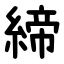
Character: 締